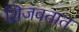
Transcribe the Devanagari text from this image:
शिजवतात